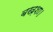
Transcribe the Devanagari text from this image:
बख़शा।